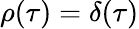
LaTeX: \rho(\tau)=\delta(\tau)